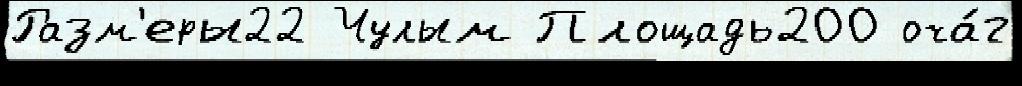
Разм'еры22 Чулым Площадь200 оча́г